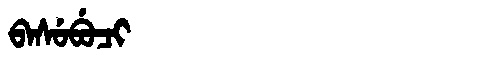
Manchu: ᠪᠠᠰᡠᠪᡠᠴᡳ
Romanization: BASUBUCI